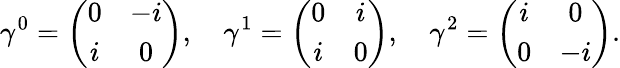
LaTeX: \gamma^{0}=\left(\begin{array}{cc}{{0}}&{{{-i}}}\\ {{i}}&{{{0}}}\end{array}\right),\quad\gamma^{1}=\left(\begin{array}{cc}{{0}}&{{{i}}}\\ {{i}}&{{{0}}}\end{array}\right),\quad\gamma^{2}=\left(\begin{array}{cc}{{i}}&{{{0}}}\\ {{0}}&{{{-i}}}\end{array}\right).